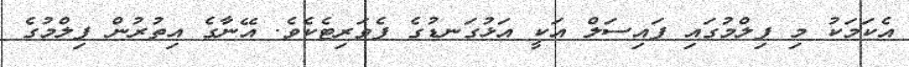
އެކަމަކު މި ފިލްމުގައި ފައިސަލް އަކީ އަޅުގަނޑުގެ ފެވަރިޓެކެވެ. އޭނާގެ އިތުރުން ފިލްމުގެ